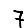
Digit: 7